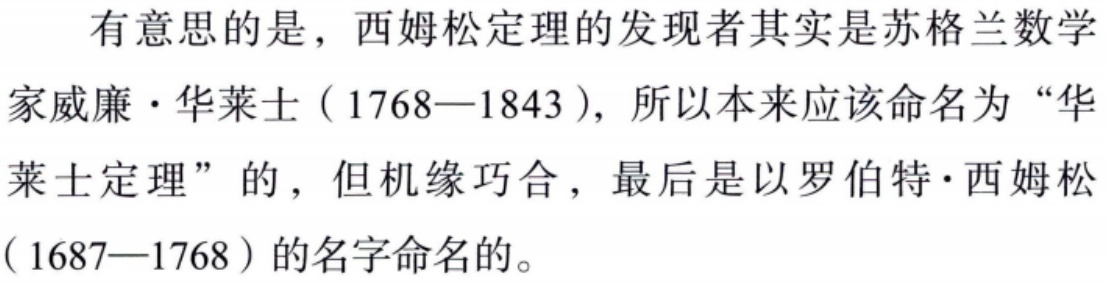
有意思的是，西姆松定理的发现者其实是苏格兰数学家威廉·华莱士（1768—1843），所以本来应该命名为“华莱士定理”的，但机缘巧合，最后是以罗伯特·西姆松（1687—1768）的名字命名的。